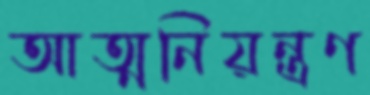
আত্মনিয়ন্ত্রণ